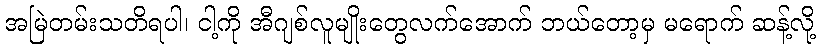
အမြဲတမ်းသတိရပါ၊ ငါ့ကို အီဂျစ်လူမျိုးတွေလက်အောက် ဘယ်တော့မှ မရောက် ဆန့်လို့